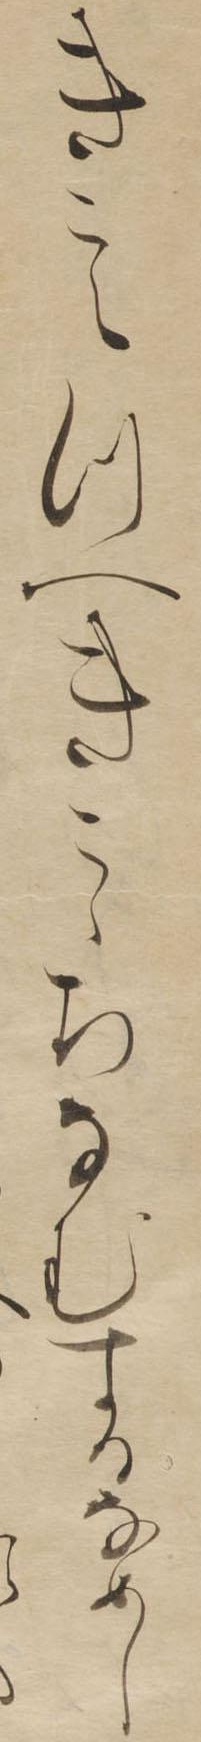
きこえつへきこゝちなむするなめし